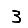
Digit: 3